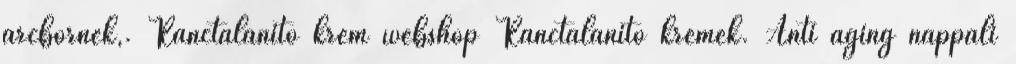
arcbőrnek,. Ránctalanító krém webshop Ránctalanító krémek. Anti aging nappali